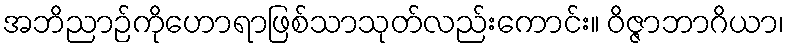
အဘိညာဉ်ကိုဟောရာဖြစ်သာသုတ်လည်းကောင်း။ ဝိဇ္ဇာဘာဂိယာ၊